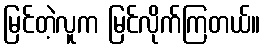
မြင်တဲ့လူက မြင်လိုက်ကြတယ်။